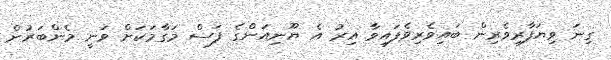
ގިނަ ވިޔަފާރިވެރިން ބައިވެރިވެފައިވާ އިރު އެ ޔޫނިއަންގެ ފަސް މަގާމަކަށް ވަނީ މެންބަރުން